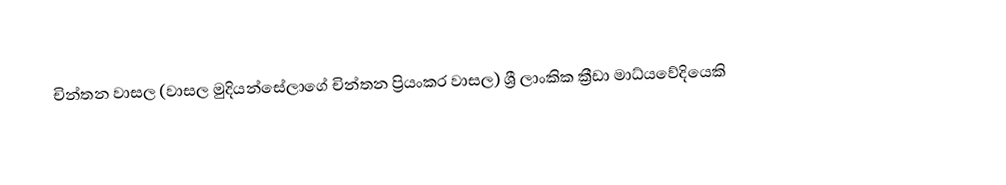
චින්තන වාසල (වාසල මුදියන්සේලාගේ චින්තන ප්‍රියංකර වාසල) ශ්‍රී ලාංකික ක්‍රීඩා මාධ්‍‍යවේදියෙකි